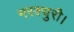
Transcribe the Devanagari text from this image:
मरक्युरी।